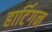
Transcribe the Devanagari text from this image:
हार्टिगन